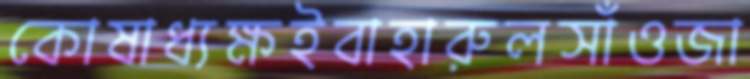
কোষাধ্যক্ষইবাহারুলসাঁওজা